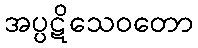
အပ္ပဋိသေဝတော